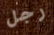
رجل